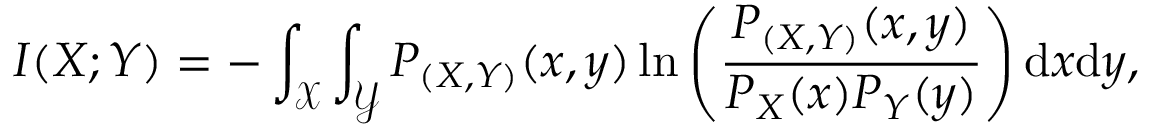
I ( X ; Y ) = - \int _ { \mathscr { X } } \int _ { \mathscr { Y } } P _ { ( X , Y ) } ( x , y ) \ln \left( \frac { P _ { ( X , Y ) } ( x , y ) } { P _ { X } ( x ) P _ { Y } ( y ) } \right) { \mathrm d } x { \mathrm d } y ,